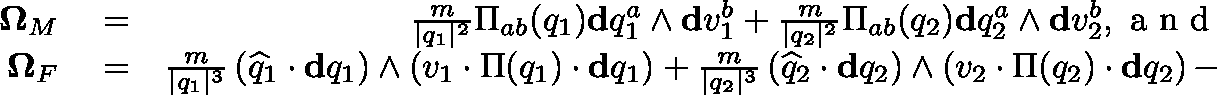
\begin{array} { r l r } { \mathbf { \Omega } _ { M } } & { { } = } & { \frac { m } { \vert q _ { 1 } \vert ^ { 2 } } \Pi _ { a b } ( q _ { 1 } ) \mathbf { d } q _ { 1 } ^ { a } \wedge \mathbf { d } v _ { 1 } ^ { b } + \frac { m } { \vert q _ { 2 } \vert ^ { 2 } } \Pi _ { a b } ( q _ { 2 } ) \mathbf { d } q _ { 2 } ^ { a } \wedge \mathbf { d } v _ { 2 } ^ { b } , \mathrm { ~ a ~ n ~ d ~ } } \\ { \mathbf { \Omega } _ { F } } & { { } = } & { \frac { m } { \vert q _ { 1 } \vert ^ { 3 } } \left( \widehat { q } _ { 1 } \cdot \mathbf { d } q _ { 1 } \right) \wedge \left( v _ { 1 } \cdot \Pi ( q _ { 1 } ) \cdot \mathbf { d } q _ { 1 } \right) + \frac { m } { \vert q _ { 2 } \vert ^ { 3 } } \left( \widehat { q } _ { 2 } \cdot \mathbf { d } q _ { 2 } \right) \wedge \left( v _ { 2 } \cdot \Pi ( q _ { 2 } ) \cdot \mathbf { d } q _ { 2 } \right) - } \end{array}